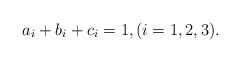
\begin{align*} a_i+b_i+c_i=1, (i=1,2,3).\end{align*}